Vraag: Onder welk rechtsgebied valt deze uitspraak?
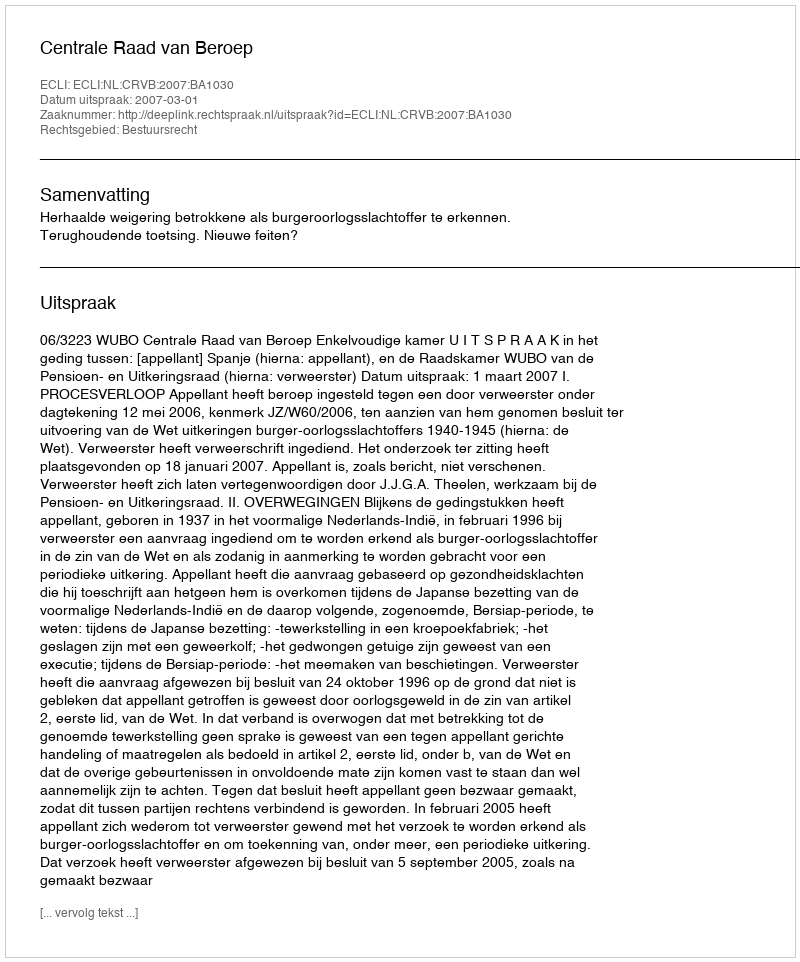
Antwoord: Bestuursrecht